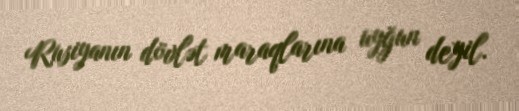
Rusiyanın dövlət maraqlarına uyğun deyil.